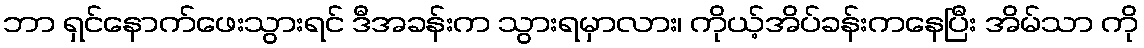
ဘာ ရှင်နောက်ဖေးသွားရင် ဒီအခန်းက သွားရမှာလား၊ ကိုယ့်အိပ်ခန်းကနေပြီး အိမ်သာ ကို